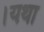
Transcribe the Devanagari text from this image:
।यथा